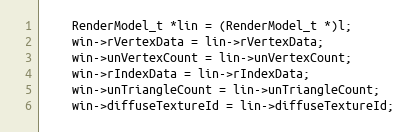
Language: C++
    RenderModel_t *lin = (RenderModel_t *)l;
    win->rVertexData = lin->rVertexData;
    win->unVertexCount = lin->unVertexCount;
    win->rIndexData = lin->rIndexData;
    win->unTriangleCount = lin->unTriangleCount;
    win->diffuseTextureId = lin->diffuseTextureId;